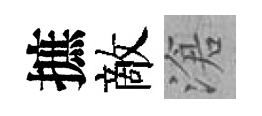
摭敵滄